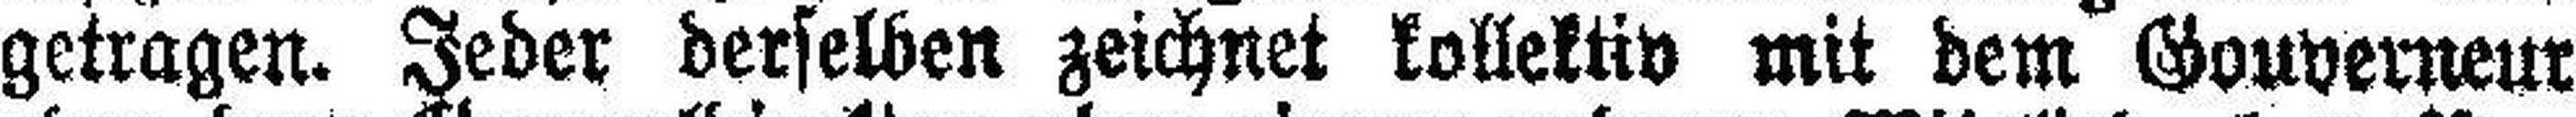
getragen. Jeder derselben zeichnet kollektiv mit dem Gouverneur